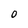
Character: 0